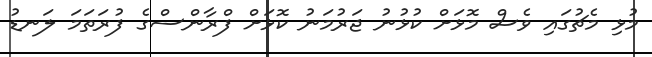
މުޅި މެޗުގައި ވެސް މޮޅަށް ކުޅުނު ޖަރުމަނު ކޮޅަށް ފްރާންސްގެ ފުރަތަމަ ލަނޑު